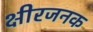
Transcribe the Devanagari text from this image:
क्षीरजनक